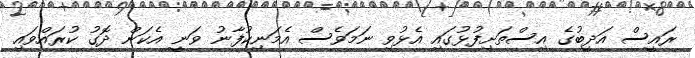
ރައީސް އަދީބުގެ އިސްތަށިފުޅުގައި އެޅުވި ނަމަވެސް އެމަނިކުފާނު ވަނީ އެކަން ދޮގު ކުރައްވައި